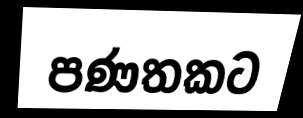
පණතකට